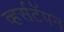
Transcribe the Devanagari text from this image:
व्हर्सटॅपन